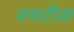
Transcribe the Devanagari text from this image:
स्फटीक